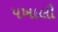
પખાલી